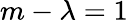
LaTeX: m-\lambda=1